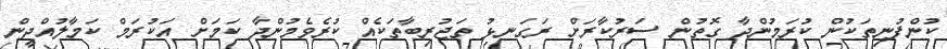
ކުންފުނިތަކުން ކުރަމުންދާ ގޮތުން ސަރުކާރަށް ރަގަނޅު ތަޖުރިބާތަކެއް ކުރެވެމުންދާ ކަމަށް އަކުރަމް ކަމާލުއްދީން